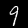
Label: 9